Note on the mental hospitals in Burma - 1925-1940
Year: 1925
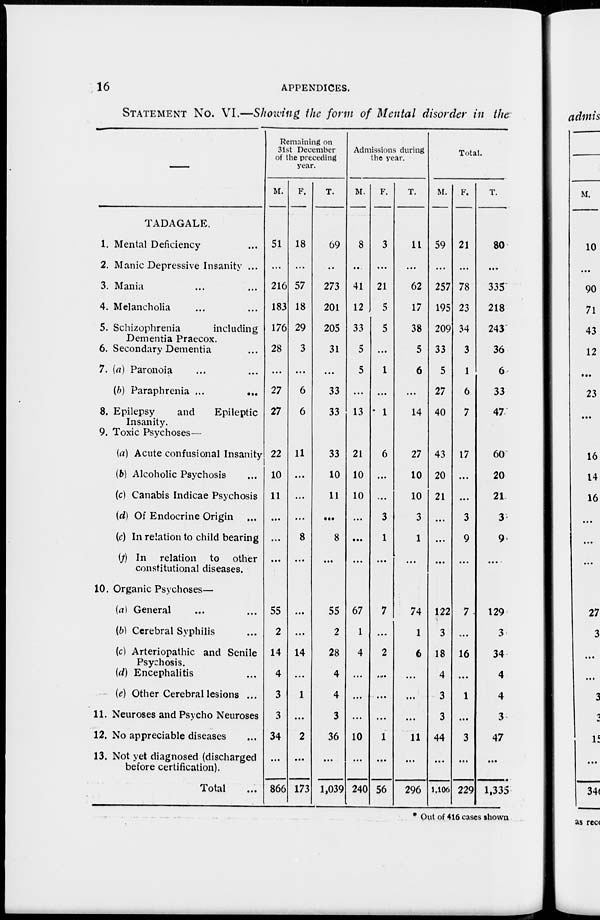
16
APPENDICES.
STATEMENT No. VI.—Showing the form of Mental disorder in the
TADAGALE.
1. Mental Deficiency ...
2. Manic Depressive Insanity ...
3. Mania ... ...
4. Melancholia ... ...
5. Schizophrenia
including
Dementia Praecox.
6. Secondary Dementia ...
7. (a) Paronoia ... ...
(b) Paraphrenia ... ...
8. Epilepsy
and
Epileptic
Insanity.
9. Toxic Psychoses—
(a) Acute confusional Insanity
(b) Alcoholic Psychosis ...
(c) Canabis Indicae Psychosis
(d) Of Endocrine Origin ...
(e) In relation to child bearing
(f ) In relation to other
constitutional diseases.
10. Organic Psychoses—
(a) General ... ...
(b) Cerebral Syphilis ...
(c) Arteriopathic and Senile
Psychosis.
(d) Encephalitis ...
(e) Other Cerebral lesions ...
11. Neuroses and Psycho Neuroses
12. No appreciable diseases ...
13. Not yet diagnosed (discharged
before certification).
Total ...
Remaining on
31st December
of the preceding
year.
M.
51
...
216
183
176
28
...
27
27
22
10
11
...
...
...
55
2
14
4
3
3
34
...
866
F.
18
...
57
18
29
3
...
6
6
11
...
...
...
8
...
...
...
14
...
1
...
2
...
173
T.
69
...
273
201
205
31
...
33
33
33
10
11
...
8
...
55
2
28
4
4
3
36
...
1,039
Admissions during
the year.
M.
8
...
41
12
33
5
5
...
13
21
10
10
...
...
...
67
1
4
...
...
...
10
...
240
F.
3
...
21
5
5
...
1
...
1
6
...
...
3
1
...
7
...
2
...
...
...
1
...
56
T.
11
...
62
17
38
5
6
...
14
27
10
10
3
1
...
74
1
6
...
...
...
11
...
296
Total.
M.
59
...
257
195
209
33
5
27
40
43
20
21
...
...
...
122
3
18
4
3
3
44
...
1,106
F.
21
...
78
23
34
3
1
6
7
17
...
...
3
9
...
7
...
16
...
1
...
3
...
229
T.
80
...
335
218
243
36
6
33
47
60
20
21
3
9
...
129
3
34
4
4
3
47
...
1,335
* Out of 416 cases shown